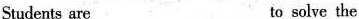
Students are___ to solve the